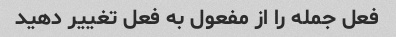
فعل جمله را از مفعول به فعل تغییر دهید